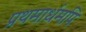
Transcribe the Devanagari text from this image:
प्रथमार्धमपि